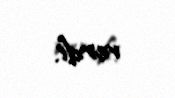
verdi.